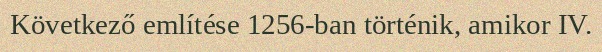
Következő említése 1256-ban történik, amikor IV.